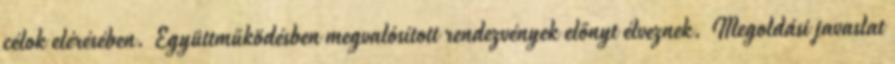
célok elérésében. Együttműködésben megvalósított rendezvények előnyt élveznek. Megoldási javaslat